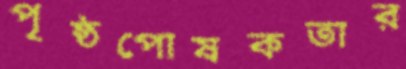
পৃষ্ঠপোষকতার